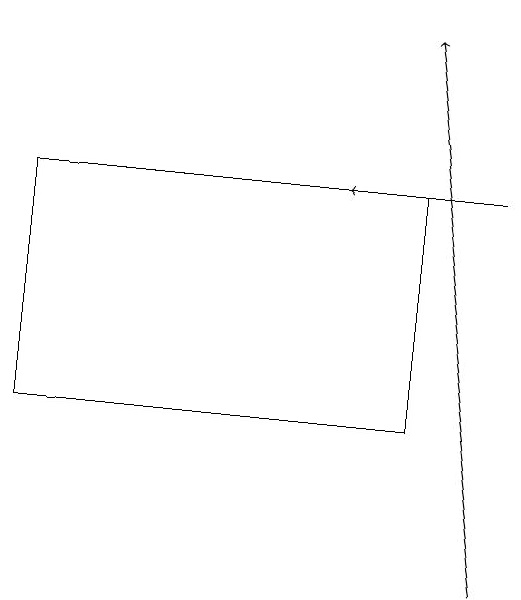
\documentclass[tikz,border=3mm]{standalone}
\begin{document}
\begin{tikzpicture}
\draw[->] (7,11) -- (6,18);
\draw[->] (7,16) -- (5,16);
\draw (1,16) rectangle (6,13);
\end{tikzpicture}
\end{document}